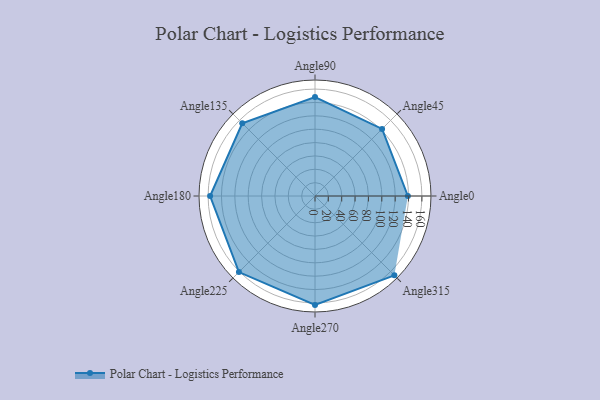
{"axis": {"x": "Angle", "y": "Radius"}, "legend": [""], "data": [{"x": "Angle0", "y": 139.0, "type": ""}, {"x": "Angle45", "y": 142.0, "type": ""}, {"x": "Angle90", "y": 148.0, "type": ""}, {"x": "Angle135", "y": 154.0, "type": ""}, {"x": "Angle180", "y": 157.0, "type": ""}, {"x": "Angle225", "y": 161.0, "type": ""}, {"x": "Angle270", "y": 163.0, "type": ""}, {"x": "Angle315", "y": 168.0, "type": ""}]}